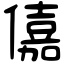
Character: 𠏼